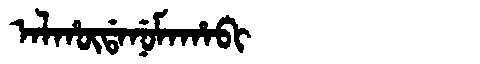
Manchu: ᠠᠯᡥᡡᡩᠠᠨᡠᠮᠠᡥᠠᠪᡳ
Romanization: ALHŪDANUMAHABI